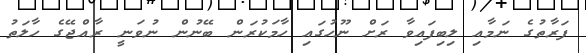
ފަރާތުގެ ނަމާއި ލިބިފައިވާ ރަށް ނޫހުގައި ހާމަކުރަން ބޭނުން ނުވަނީ ރާއްޖޭގެ ހާލަތު